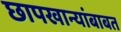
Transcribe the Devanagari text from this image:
छापखान्यांबाबत